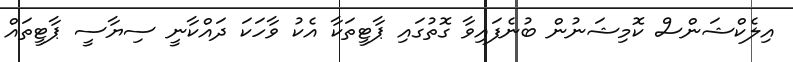
އިލެކްޝަންސް ކޮމިޝަނުން ބުނެފައިވާ ގޮތުގައި ޕާޓީތަކާ އެކު ވާހަކަ ދައްކާނީ ސިޔާސީ ޕާޓީތައް